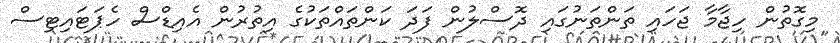
މިގޮތުން ހިޖާމާ ޖަހައި ތަންތަނުގައި ދޮސްލުން ފަދަ ކަންތައްތަކުގެ އިތުރުން އެއިޑްސް ހެޕަޓައިޓިސް